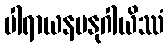
ပါရာယနမနုဂါယိဿံ